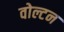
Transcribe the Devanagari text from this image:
वोल्टन